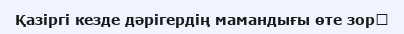
Қазіргі кезде дәрігердің мамандығы өте зор،